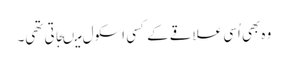
وہ بھی اُسی علاقے کے کسی اسکول میںجاتی تھی۔